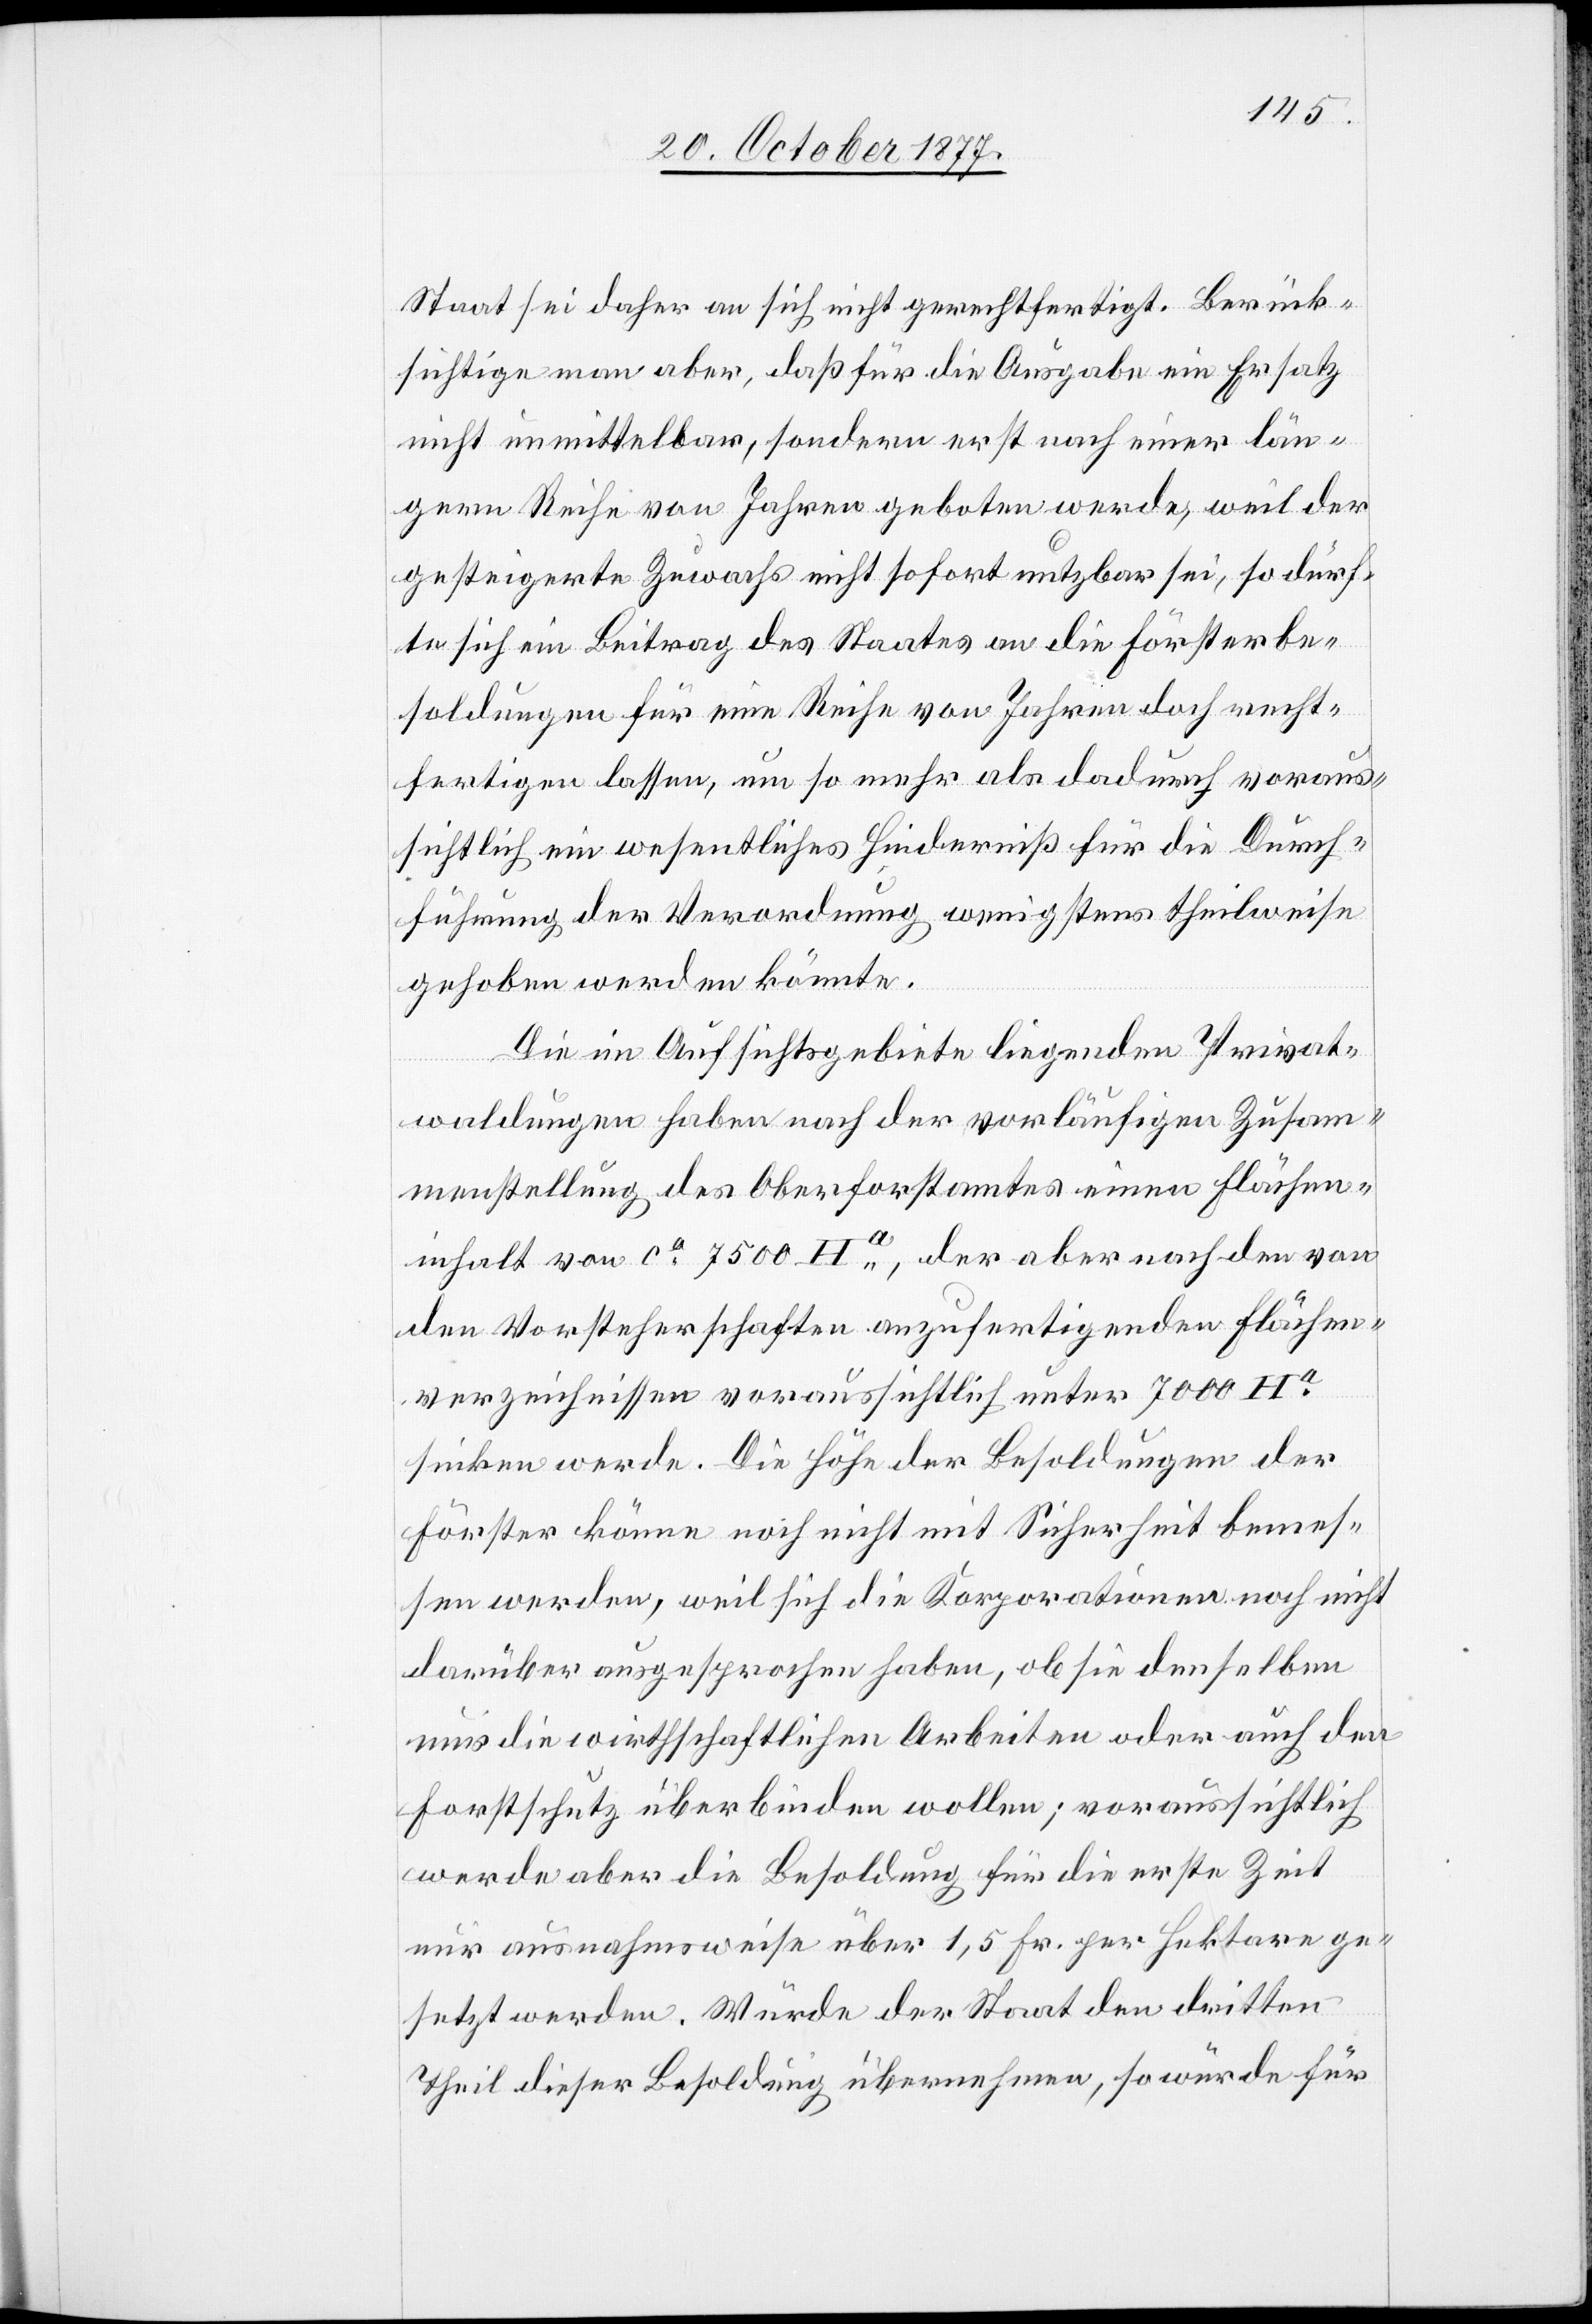
Staat sei daher an sich nicht gerechtfertigt. Berück¬
sichtige man aber, daß für die Ausgabe ein Ersatz
nicht unmittelbar, sondern erst nach einer län¬
gern Reihe von Jahren geboten werde, weil der
gesteigerte Zuwachs nicht sofort nutzbar sei, so dürf¬
te sich ein Beitrag des Staates an die Försterbe¬
soldungen für eine Reihe von Jahren doch recht¬
fertigen lassen, um so mehr als dadurch voraus¬
sichtlich ein wesentliches Hinderniß für die Durch¬
führung der Verordnung wenigstens theilweise
gehoben werden könnte.
Die im Aufsichtsgebiete liegenden Privat¬
waldungen haben nach der vorläufigen Zusamm¬
enstellung des Oberforstamtes einen Flächen¬
inhalt von ca 7500 Ha, der aber nach den von
den Vorsteherschaften anzufertigenden Flächen¬
verzeichnissen voraussichtlich unter 7000 Ha
sinken werde. Die Höhe der Besoldungen der
Förster könne noch nicht mit Sicherheit bemes¬
sen werden, weil sich die Korporationen noch nicht
darüber ausgesprochen haben, ob sie denselben
nur die wirthschaftlichen Arbeiten oder auch den
Forstschutz überbinden wollen; voraussichtlich
werde aber die Besoldung für die erste Zeit
nur ausnahmsweise über 1,5 Fr. per Hektare ge¬
setzt werden. Würde der Staat den dritten
Theil dieser Besoldung übernehmen, so würde für